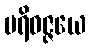
ပရိဝဇ္ဇယေ